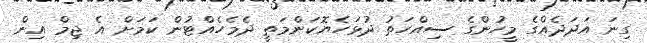
ގިނަ އަދަދެއްގެ މީހުންގެ ސިއްހަތު ދުޅަހެޔޮކަންމަތީ ދެމެހެއްޓުން ކަމަށް އެ ޖިމް އިން